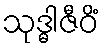
သုဒ္ဓါဇီဝိံ